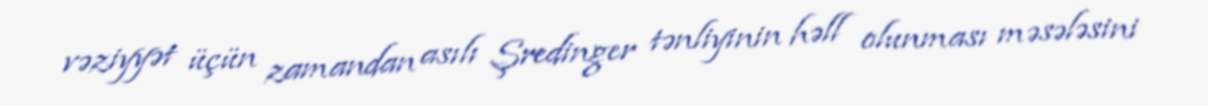
vəziyyət üçün zamandan asılı Şredinger tənliyinin həll olunması məsələsini